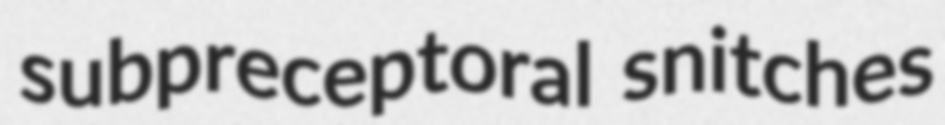
subpreceptoral snitches